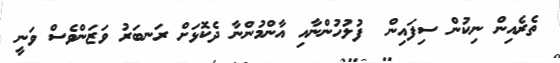
ތެރެއިން ނިކުން ސިފައިން  ފުލުހުންނާއި އާންމުންނާ ދެކޮޅަށް ރަނބަރު ވަޒަންވެސް ވަނީ